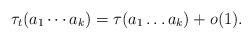
LaTeX: \begin{align*}\tau_t(a_1\cdots a_k)= \tau(a_1\ldots a_k)+o(1).\end{align*}